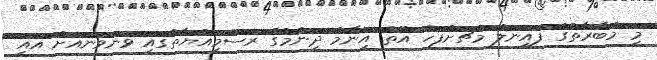
މި މުބާރާތުގެ ފައިނަލް މެޗަށްފަހު އޮތް އިނާމް ދިނުމުގެ ރަސްމިއްޔާތުގައި ވަނަވަނައަށް އައި